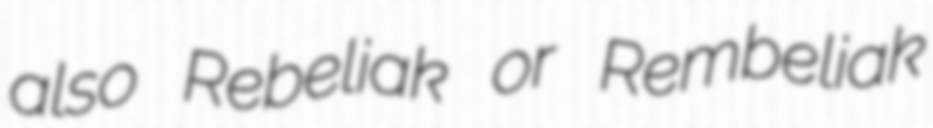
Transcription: also Rebeliak or Rembeliak